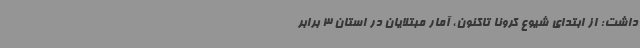
داشت: از ابتدای شیوع کرونا تاکنون، آمار مبتلایان در استان 3 برابر